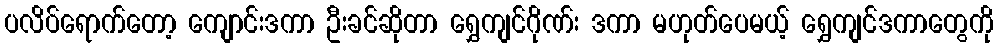
ပလိပ်ရောက်တော့ ကျောင်းဒကာ ဦးခင်ဆိုတာ ရွှေကျင်ဂိုဏ်း ဒကာ မဟုတ်ပေမယ့် ရွှေကျင်ဒကာတွေကို